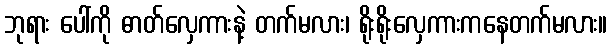
ဘုရား ပေါ်ကို ဓာတ်လှေကားနဲ့ တက်မလား၊ ရိုးရိုးလှေကားကနေတက်မလား။